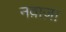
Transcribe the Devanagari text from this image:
नव़ाज़ा